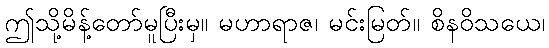
ဤသို့မိန့်တော်မူပြီးမှ။ မဟာရာဇ၊ မင်းမြတ်။ စိနဝိသယေ၊